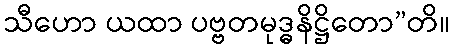
သီဟော ယထာ ပဗ္ဗတမုဒ္ဓနိဋ္ဌိတော”တိ။